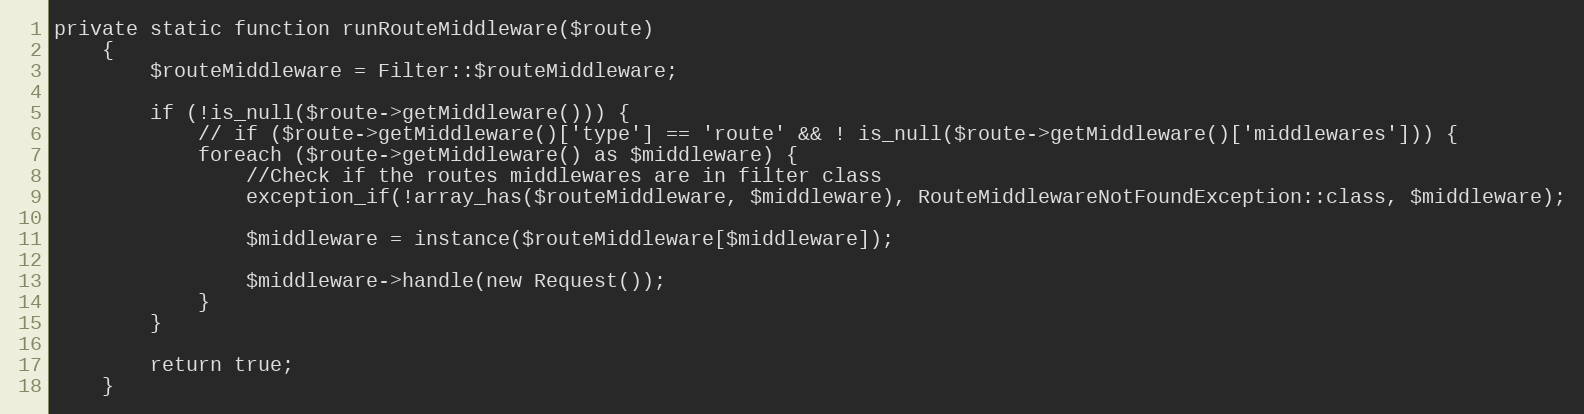
Language: PHP
private static function runRouteMiddleware($route)
    {
        $routeMiddleware = Filter::$routeMiddleware;

        if (!is_null($route->getMiddleware())) {
            // if ($route->getMiddleware()['type'] == 'route' && ! is_null($route->getMiddleware()['middlewares'])) {
            foreach ($route->getMiddleware() as $middleware) {
                //Check if the routes middlewares are in filter class
                exception_if(!array_has($routeMiddleware, $middleware), RouteMiddlewareNotFoundException::class, $middleware);

                $middleware = instance($routeMiddleware[$middleware]);

                $middleware->handle(new Request());
            }
        }

        return true;
    }